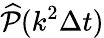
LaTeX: \widehat{\mathcal{P}}(k^{2}\Delta t)